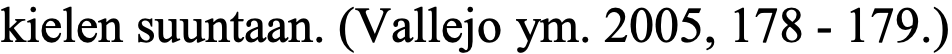
kielen suuntaan. (Vallejo ym. 2005, 178 - 179.)